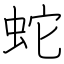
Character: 蛇